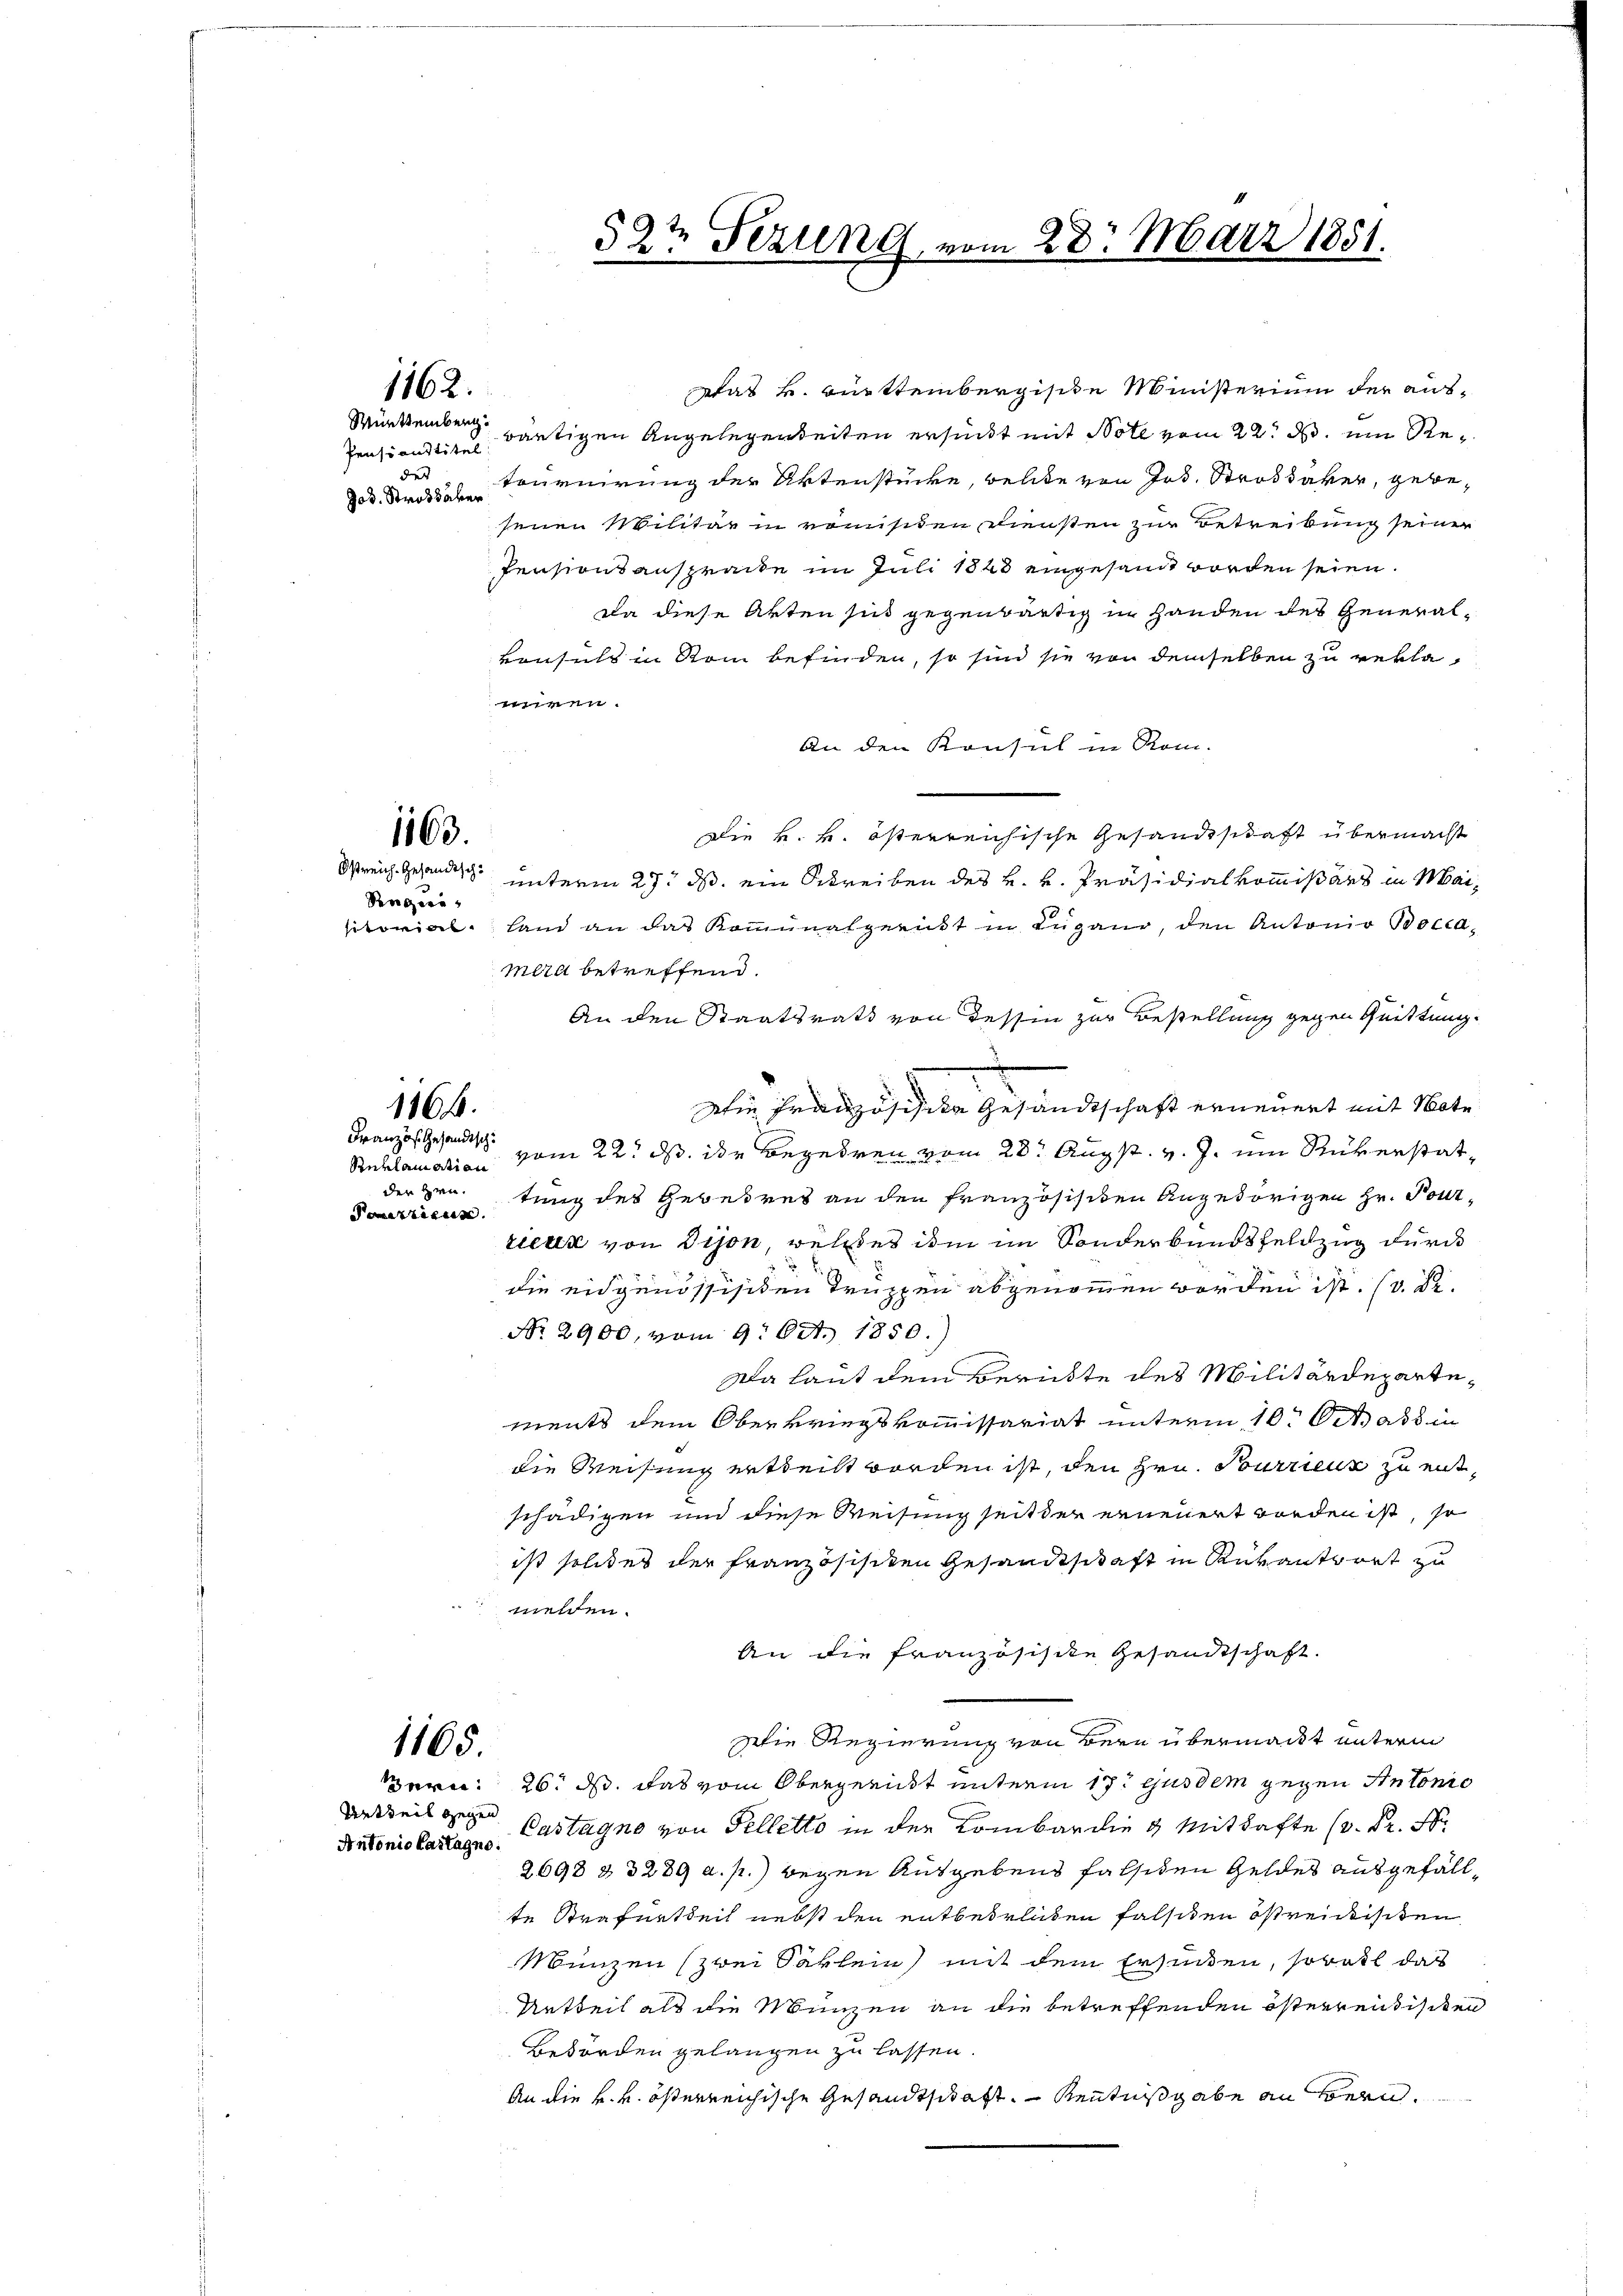
1162.

Pensionstitel
des
Jod. Strassaver

1163.
Riegeri

1864.

Reklamation
der Hrn.
Pomertigun

1165.
Antonio Castagno.

Was k. württembergische Ministerium der aus¬
Württemberg wärtigen Angelegenheiten ersinkt mit Note vom 22. d. ein Retournirung der Aktenstücke, welite von Jos. Strobdaker, gebesenen Militär in romisiten Diensten zur Betreikung seiner
Pensionsansprache im Juli 1848 eingesandt worden seien.
Da diese Akten sind gegenwärtig in Handen des Generalvonsuls in Rom befinden, so sind sie von demselben zu reklawiren.
An den Konsul in Rom.
Die k. k. österreichische Gesandtschaft übermacht
reich Gesandtsch unterm 27. ds. ein Schreiben des k. k. Präsidialkommißärs in Maisitorial. Land an das Kommunalgericht in Lugano, den Antonio Poclamira betreffend.
An den Staatsrath von dessin zur Bestellung gegen Quittung.
Die Französisike Gesandtschaft erneuert mit Note
Franzosen vom 22. ds. der Begehren vom 28. Augst. v. J. um Rükerstattung des Gebetres an den französischen Angehörigen Hr. Pourrieur von dison, welches im im Sonderbundsfeldzug durch
die eidgenössisiten Truppen abgenommen worden ist. (s. S.
No. 2900, vom 9. Okt. 1850.)
Da laut dem Berichte des Militärdepartements dem Oberkriegskommissariat unterm 10. Oct als in
die Weisung ertheilt worden ist, den Hrn. Tourrieur zu entschädigen und diese Weisung seit der erneuert worden ist, so
ist solides der Französischen Gesandtschaft in Rükantwort zu
 melden.
An die Französische Gesandtschaft.
Die Regierung von Bern übermacht unterm
Bern: 26. ds. das vom Obergericht unterm 17t ejusdem gegen Antonio
Urtheils Castagno von Pelletto in der Lombarding Mithafte (v. Fr. St.
2698 § 3289 a. p.) wegen Ausgebens falsiden Geldes ausgefällte Strafurtheil nebst den entbehrlichen falsiten östreichischen
Münzen (zwei Säklein mit dem Ersunken, sowol das
Artheil als die Münzen an die betreffenden österrendischen
Bedorden gelangen zu lassen.
An die k. k. österreichische Gesandtschaft, Kenntnißgabe an Bern.

9
§ 23 Fezung, vom 28. März 1851.